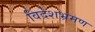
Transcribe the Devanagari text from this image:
विदेशभ्रमण